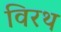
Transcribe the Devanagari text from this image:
विरथ